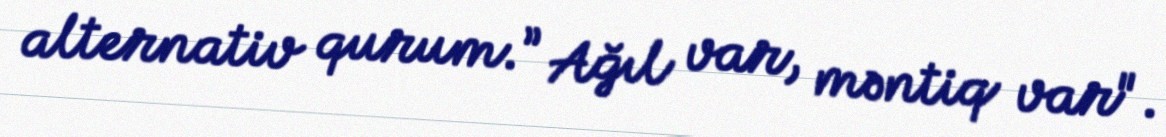
alternativ qurum.” Ağıl var, məntiq var".